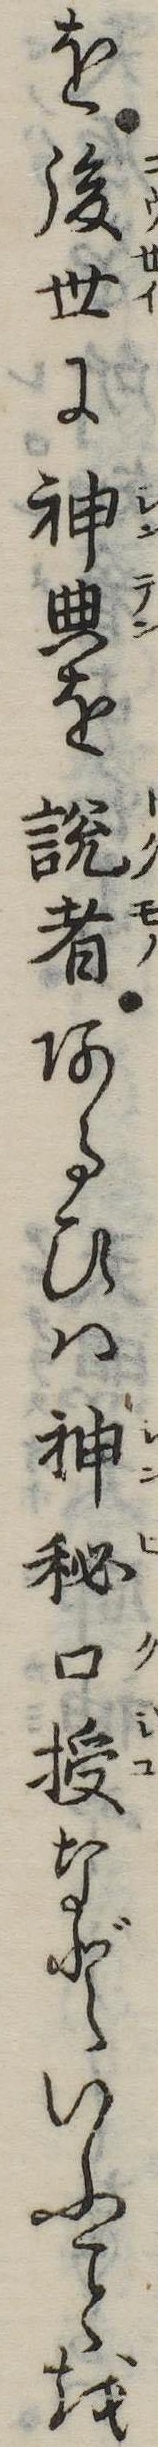
を後世に神典を説者あるひは神秘口授などいふを